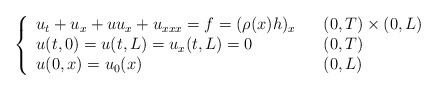
\begin{align*}\left\{\begin{array}[c]{lll}u_{t}+u_{x}+uu_{x}+u_{xxx}= f = (\rho (x)h)_x & & (0,T) \times( 0,L) \\u( t,0) =u( t,L) =u_{x}( t,L) =0 & &( 0,T) \\u( 0,x) =u_{0}( x) & & (0,L) \end{array}\right. \end{align*}